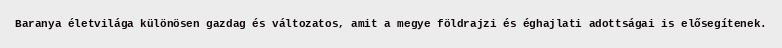
Baranya életvilága különösen gazdag és változatos, amit a megye földrajzi és éghajlati adottságai is elősegítenek.